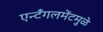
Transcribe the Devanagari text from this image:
एन्टँगलमेंटमुळे